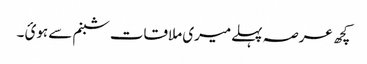
کچھ عرصہ پہلےمیری ملاقات شبنم سے ہوئ ۔